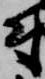
尉